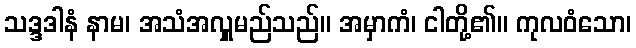
သဒ္ဒဒါနံ နာမ၊ အသံအလှူမည်သည်။ အမှာကံ၊ ငါတို့၏။ ကုလဝံသော၊